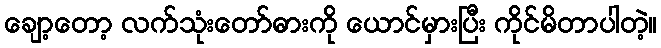
ချော့တော့ လက်သုံးတော်ဓားကို ယောင်မှားပြီး ကိုင်မိတာပါတဲ့။